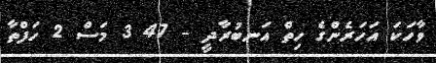
ވާހަކަ އަހަރެންގެ ހިތް އަނބުރާދީ - 47 3 މަސް 2 ހަފްތާ